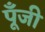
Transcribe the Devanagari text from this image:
पूॅंजी